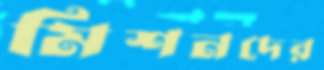
মিশনদের